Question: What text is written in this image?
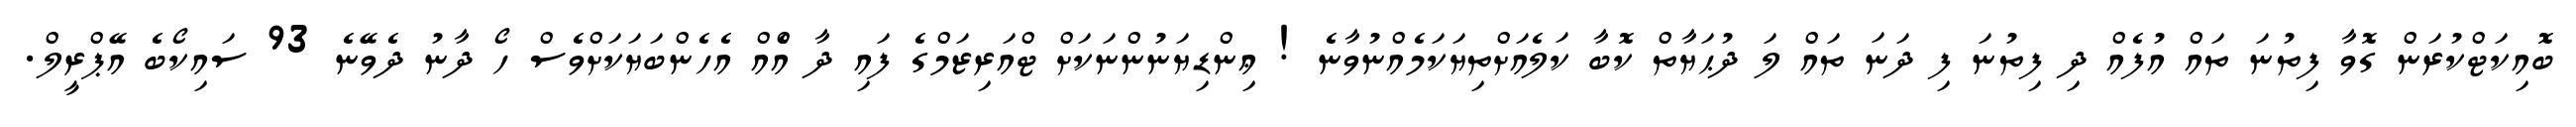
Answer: ބޮއިކަޓްކުރަން ގޮވާ ފިތުނަ ތައް އުފެއް ދި ފިތުނަ ފި ދަނަ ތައް ލަ ދުޙަޔާތް ކޮބާ ކަލެއަށްތިޔަކަމެއްނުވާނެ ! ޢިންޑިޔަނުންނަކަށް ޓްއަރިޒަމްގެ ފައި ދާ އެްއް އެހެންބަޔަކަށްވެސް ހޯ ދާނު ދެވޭނެ 93 ސައިކޯބެ އޭޕްރީލް.